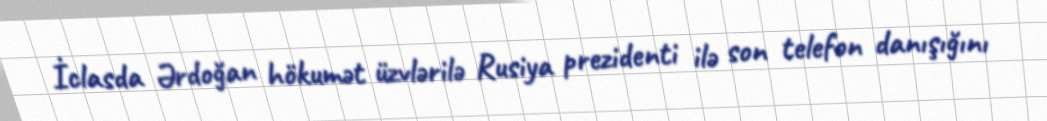
İclasda Ərdoğan hökumət üzvlərilə Rusiya prezidenti ilə son telefon danışığını